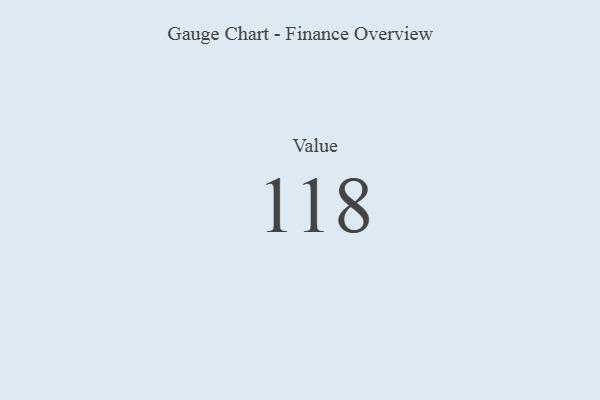
{"axis": {"x": "Metric", "y": "Value"}, "legend": [""], "data": [{"x": "Value", "y": 118, "type": ""}]}